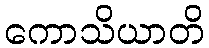
ကောသိယာတိ